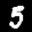
Label: 5